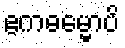
ဧကဓမ္မောပိ